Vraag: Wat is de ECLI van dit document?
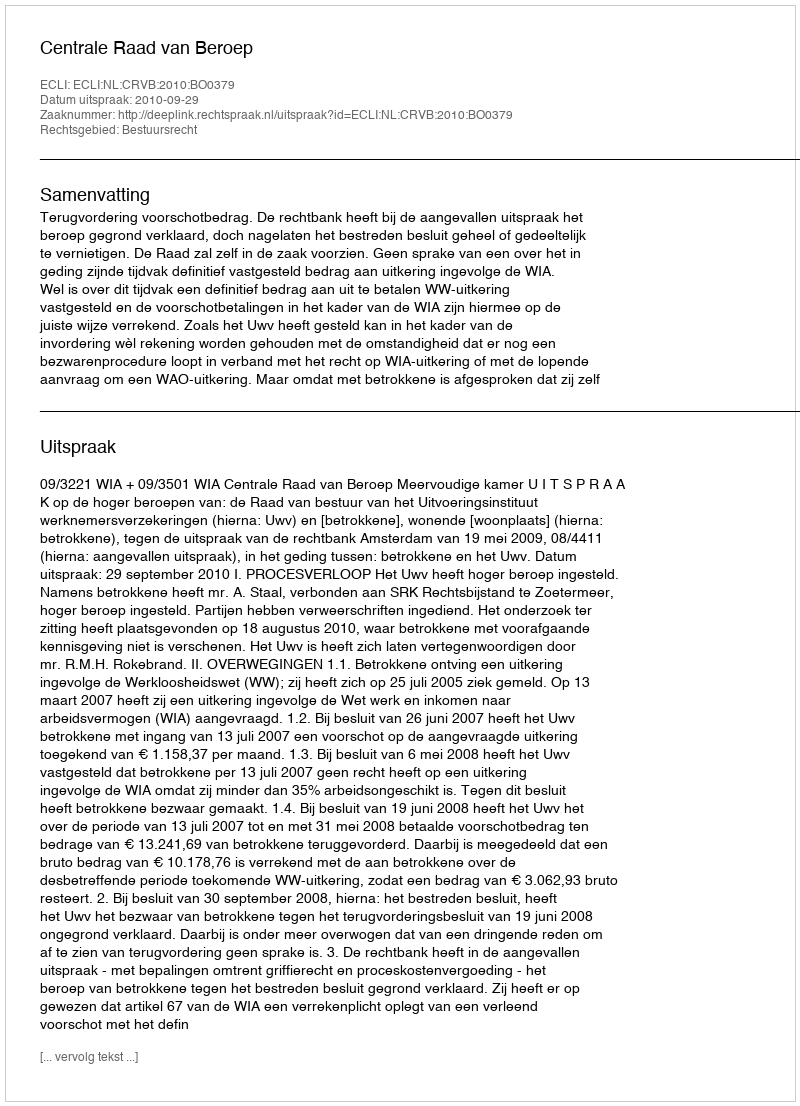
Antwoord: ECLI:NL:CRVB:2010:BO0379